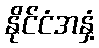
နိုင်ငံအနှံ့